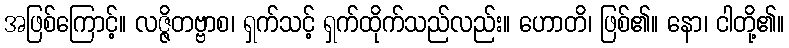
အဖြစ်ကြောင့်။ လဇ္ဇိတဗ္ဗာစ၊ ရှက်သင့် ရှက်ထိုက်သည်လည်း။ ဟောတိ၊ ဖြစ်၏။ နော၊ ငါတို့၏။